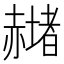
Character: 𧹻